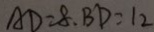
A D = 8 . B D = 1 2